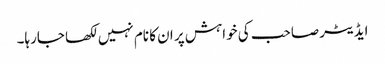
ایڈیٹر صاحب کی خواہش پر ان کا نام نہیں لکھا جارہا۔